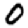
Digit: 0